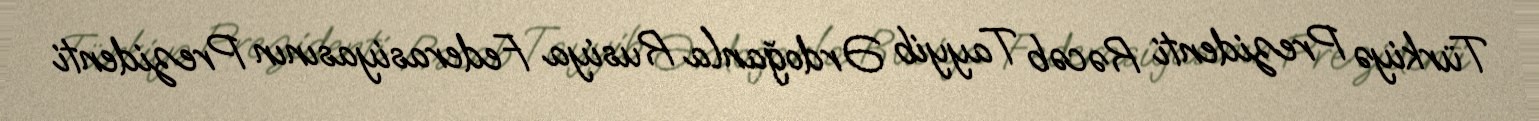
Türkiyə Prezidenti Rəcəb Tayyib Ərdoğanla Rusiya Federasiyasının Prezidenti